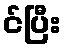
င်ပြီး